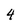
Character: 4